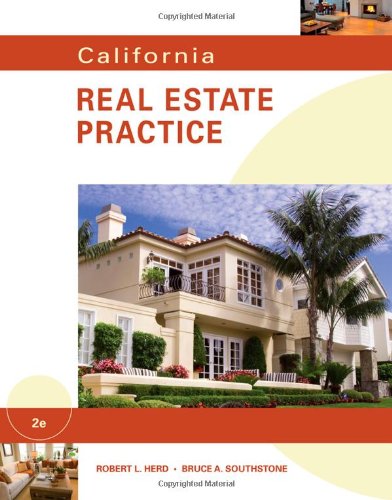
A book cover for California Real Estate Practice; Robert L. Herd; Business & Money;